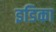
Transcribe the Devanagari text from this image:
इडिका